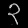
Digit: ၃